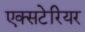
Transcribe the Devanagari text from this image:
एक्सटेरियर